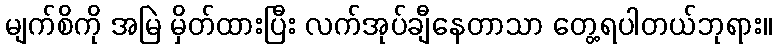
မျက်စိကို အမြဲ မှိတ်ထားပြီး လက်အုပ်ချီနေတာသာ တွေ့ရပါတယ်ဘုရား။